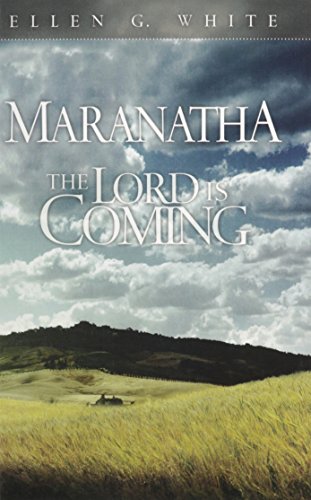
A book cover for Maranatha: The Lord Is Coming; Ellen G. White; Christian Books & Bibles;